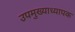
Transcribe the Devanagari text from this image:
उपमुख्याध्यापक